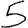
Digit: 5